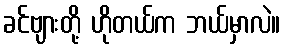
ခင်ဗျားတို့ ဟိုတယ်က ဘယ်မှာလဲ။